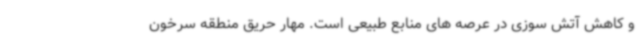
و کاهش آتش سوزی در عرصه های منابع طبیعی است. مهار حریق منطقه سرخون